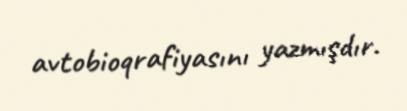
avtobioqrafiyasını yazmışdır.